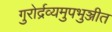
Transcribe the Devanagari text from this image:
गुरोर्द्रव्यमुपभुञ्जीत